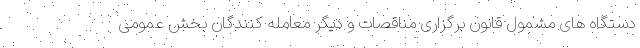
دستگاه های مشمول قانون برگزاری مناقصات و دیگر معامله کنندگان بخش عمومی